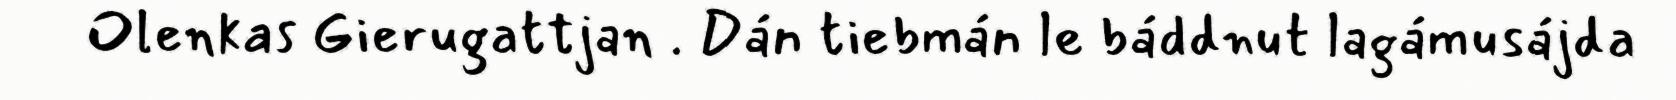
Olenkas Gierugattjan . Dán tiebmán le báddnut lagámusájda